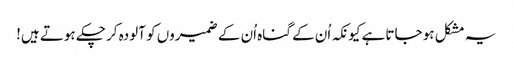
یہ مشکل ہو جاتا ہے کیونکہ اُن کے گناہ اُن کے ضمیروں کو آلودہ کر چکے ہوتے ہیں!